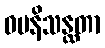
ဓမနိသန္ထတာ